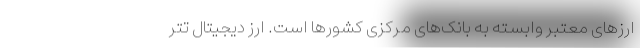
ارزهای معتبر وابسته به بانک‌های مرکزی کشورها است. ارز دیجیتال تتر